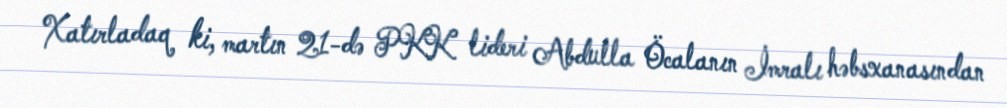
Xatırladaq ki, martın 21-də PKK lideri Abdulla Öcalanın İmralı həbsxanasından